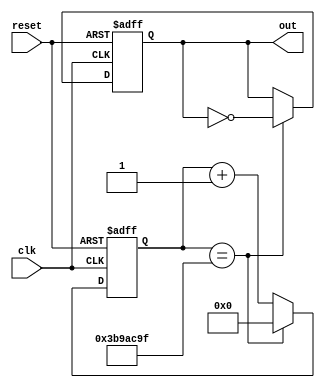
`timescale 1ns / 1ps
//////////////////////////////////////////////////////////////////////////////////
// Company: 
// Engineer: 
// 
// Design Name: 
// Module Name: frequency_divider_500
// Project Name: 
// Target Devices: 
// Tool Versions: 
// Description: 
// 
// Dependencies: 
// 
// Revision:
// Revision 0.01 - File Created
// Additional Comments:
// 
//////////////////////////////////////////////////////////////////////////////////


module frequency_divider_500(
    clk, out, reset
    );
    input clk, reset;
    output reg out;
    reg [25:0] counter;
    localparam HALF_PERIOD = 62499999;
    
    always @ (posedge clk or posedge reset) begin
        if (reset) begin
            counter <= 0;
            out <= 0;
        end
        else begin
            counter <= counter + 1;
            if (counter == 62499999) begin
                counter <= 0;
                out <= ~out;
            end
            
        end
    end
endmodule